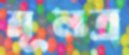
মূলত্র